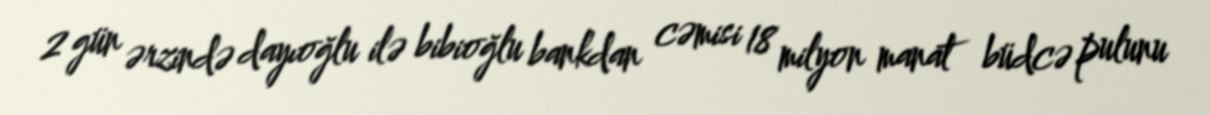
2 gün ərzində dayıoğlu ilə bibioğlu bankdan cəmisi 18 milyon manat büdcə pulunu